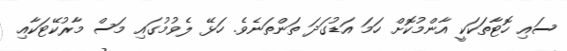
ސައި ހޮޓާތަކަކީ އާންމުކޮށް ހަމަ އަޑުގަދަ ތަންތަނެވެ. ހަޅޭ ލެވުމުގައި މަސް މާރުކޭޓަކާއި